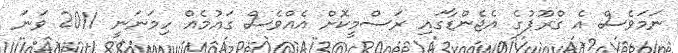
ނަމަވެސް އެ ގްރޫޕުގެ އެޖެންޑާގައި ރަސްމީކޮށް އެއްވެސް ގައުމެއް ހިމަނަނީ 2011 ވަނަ